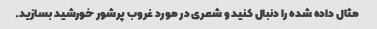
مثال داده شده را دنبال کنید و شعری در مورد غروب پرشور خورشید بسازید.